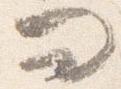
問